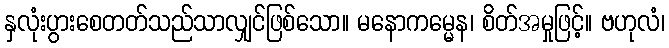
နှလုံးပွားစေတတ်သည်သာလျှင်ဖြစ်သော။ မနောကမ္မေန၊ စိတ်အမှုဖြင့်။ ဗဟုလံ၊